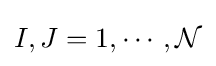
I,J=1,\cdots ,{\mathcal {N}}